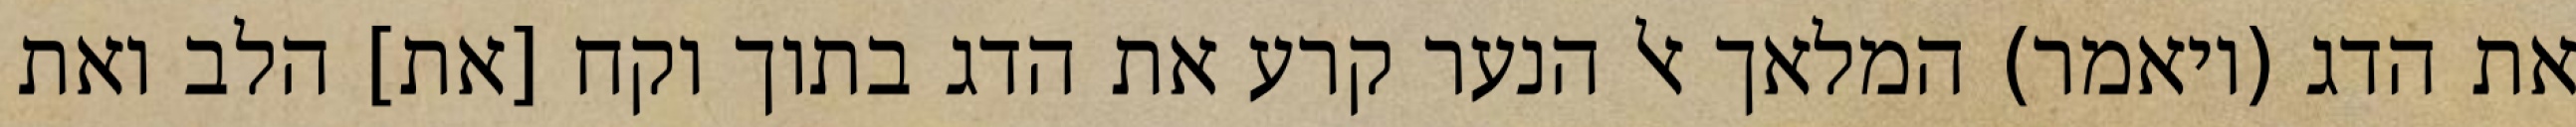
את הדג (ויאמר) המלאך אל הנער קרע את הדג בתוך וקח [את] הלב ואת